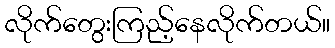
လိုက်တွေးကြည့်နေလိုက်တယ်။